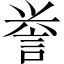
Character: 誉